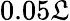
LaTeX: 0.05\mathfrak{L}